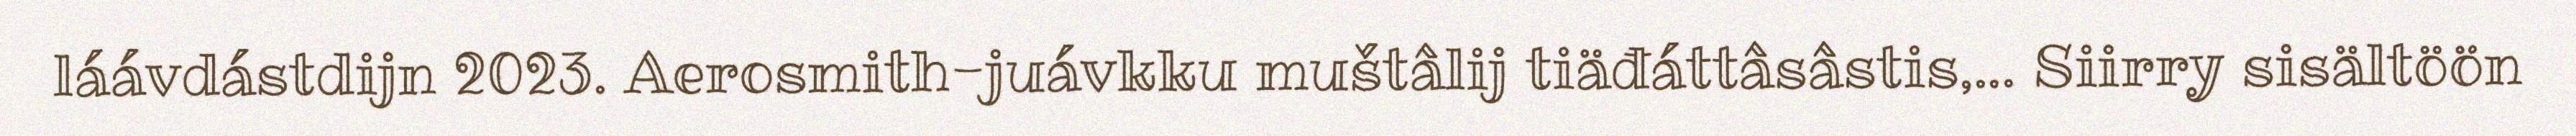
láávdástdijn 2023. Aerosmith-juávkku muštâlij tiäđáttâsâstis,... Siirry sisältöön